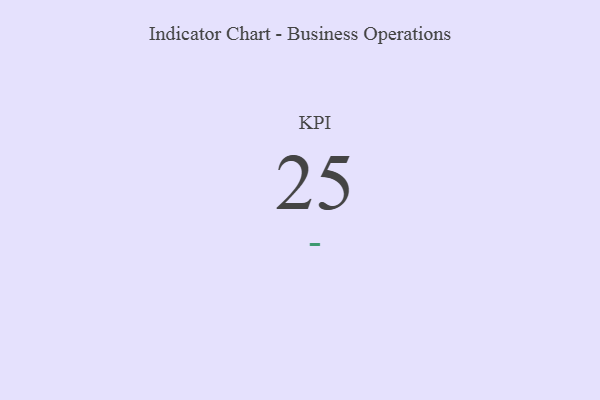
{"axis": {"x": "KPI", "y": "Value"}, "legend": [""], "data": [{"x": "KPI", "y": 25, "type": ""}]}